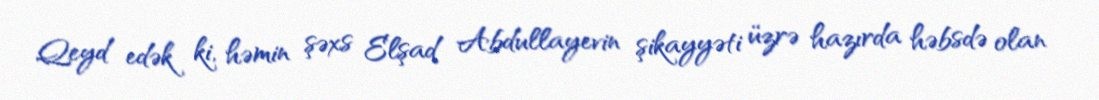
Qeyd edək ki, həmin şəxs Elşad Abdullayevin şikayyəti üzrə hazırda həbsdə olan